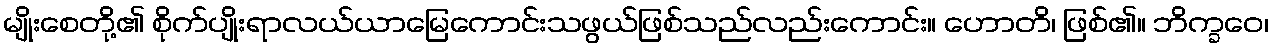
မျိုးစေတို့၏ စိုက်ပျိုးရာလယ်ယာမြေကောင်းသဖွယ်ဖြစ်သည်လည်းကောင်း။ ဟောတိ၊ ဖြစ်၏။ ဘိက္ခဝေ၊